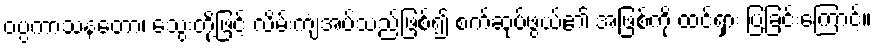
ဝပ္ပကာသနတော၊ သွေးတို့ဖြင့် လိမ်းကျံအပ်သည်ဖြစ်၍ စက်ဆုပ်ဖွယ်၏ အဖြစ်ကို ထင်ရှား ပြခြင်းကြောင့်။